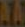
..